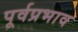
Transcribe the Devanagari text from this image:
पूर्वप्रभाव